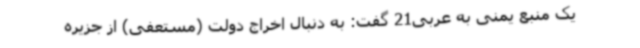
یک منبع یمنی به عربی21 گفت: به دنبال اخراج دولت (مستعفی) از جزیره